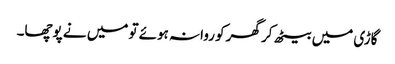
گاڑی میں بیٹھ کر گھر کو روانہ ہوئے تو میں نے پوچھا۔